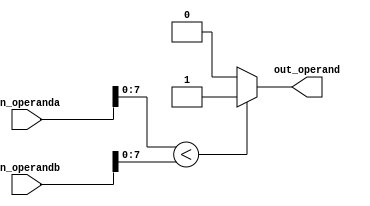
`timescale 1ns / 1ps

module comp_unit#(
    parameter LENGTH = 32,
    parameter OFFSET = 8
)(
   input [LENGTH - 1: 0] in_operanda,
   input [LENGTH - 1: 0] in_operandb,
   output wire out_operand
);

    assign out_operand = (in_operanda[OFFSET - 1: 0] < in_operandb[OFFSET - 1: 0]) ? 1'b1: 1'b0;

endmodule